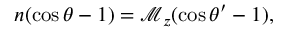
n ( \cos \theta - 1 ) = \mathcal { M } _ { z } ( \cos \theta ^ { \prime } - 1 ) ,